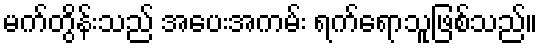
မက်တွိန်းသည် အပေးအကမ်း ရက်ရောသူဖြစ်သည်။